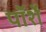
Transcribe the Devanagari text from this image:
पॉर्शे